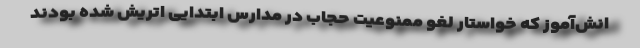
انش‌آموز که خواستار لغو ممنوعیت حجاب در مدارس ابتدایی اتریش شده بودند